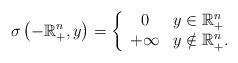
LaTeX: \begin{align*}\sigma \left( -\mathbb{R}_{+}^{n},y\right) =\left\{\begin{array}{cl}0 & y\in \mathbb{R}_{+}^{n} \\+\infty & y\notin \mathbb{R}_{+}^{n}.\end{array}\right.\end{align*}